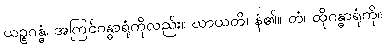
ယဉ္စဂန္ဓံ၊ အကြင်ဂန္ဓာရုံကိုလည်း။ ဃာယတိ၊ နံ၏။ တံ၊ ထိုဂန္ဓာရုံကို။